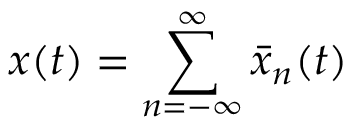
x ( t ) = \sum _ { n = - \infty } ^ { \infty } \bar { x } _ { n } ( t )